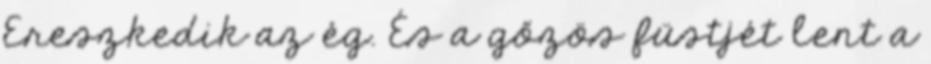
Ereszkedik az ég. És a gőzös füstjét lent a